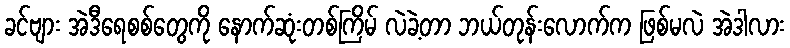
ခင်ဗျား အဲဒီရေစစ်တွေကို နောက်ဆုံးတစ်ကြိမ် လဲခဲ့တာ ဘယ်တုန်းလောက်က ဖြစ်မလဲ အဲဒါလား